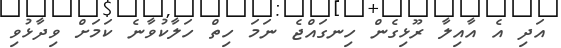
އަދި އެ އާއިލާ ރޫޅިގެން ހިނގައްޖެ ނަމަ ހިތް ހަލާކުވާނެ ކަމަށް ވިދާޅުވި